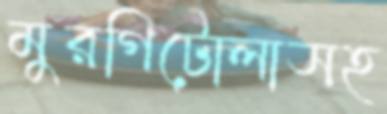
মুরগিটোলাসহ